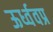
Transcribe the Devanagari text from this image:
ऊर्ध्ववप्र